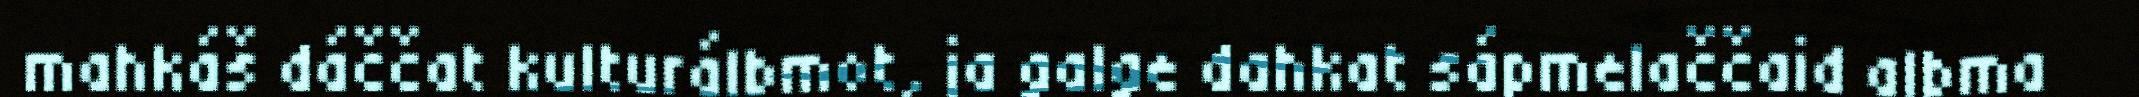
mahkáš dáččat kulturálbmot, ja galge dahkat sápmelaččaid albma